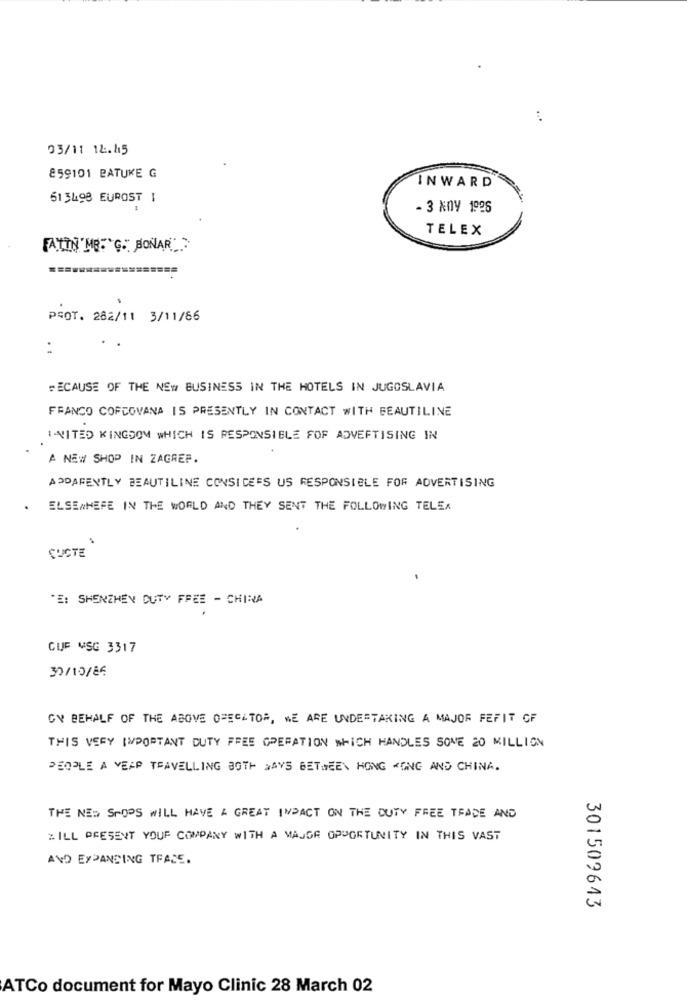
...
03/11 12.45
859101 BATUKE G
INWARD
51 5498 EUROST 1
- 3 NOV 1998
TELEX
FATTIN'ME."G" BONAR">
PSOT. 282/11 3/11/66
:
BECAUSE OF THE NEW BUSINESS IN THE HOTELS IN JUGOSLAVIA
FRANCO COFCOVANA IS PRESENTLY IN CONTACT WITH BEAUTILINE
UNITED KINGDOM WHICH IS RESPONSIBLE FOR ADVERTISING IN
A NEW SHOP IN ZAGREF.
APPARENTLY BEAUTILINE CONSICE'S US RESPONSIBLE FOR ADVERTISING
. ELSEWHERE IN THE WORLD AND THEY SENT THE FOLLOWING TELEK
CUCTE
*E: SHENZHEN DUTY FREE - CHINA
GUE MSG 3317
30/10/86
GY BEHALF OF THE ABOVE OPECATOR, WE ARE UNDERTAKING A MAJOR FEFIT OF
THIS VERY IMPORTANT DUTY FREE OPERATION WHICH HANDLES SONE 20 MILLION
PEOPLE A VEAP TRAVELLING BOTH DAYS BETHEEN HONG KONG AND CHINA.
THE NEW STOPS WILL HAVE A GREAT IMPACT ON THE DUTY FREE TRADE AND
BILL PRESENT YOUR COMPANY WITH A MANGE OPPORTUNITY IN THIS VAST
AND EXPANDING TRACE.
301509643
ATCo document for Mayo Clinic 28 March 02